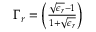
\begin{array} { r } { \Gamma _ { r } = \bigg ( \frac { \sqrt { \epsilon _ { r } } - 1 } { 1 + \sqrt { \epsilon _ { r } } } \bigg ) } \end{array}